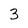
Character: 3